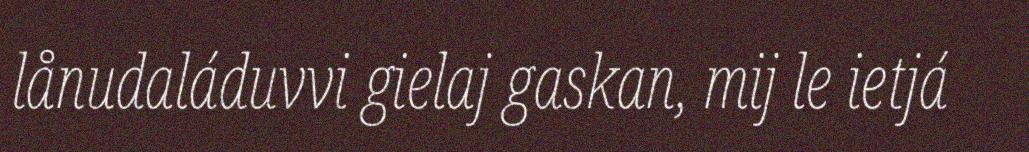
lånudaláduvvi gielaj gaskan, mij le ietjá